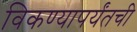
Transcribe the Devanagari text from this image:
विकण्यापर्यंतची